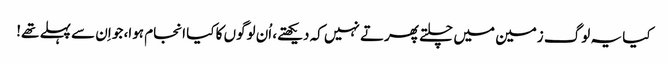
کیا یہ لوگ زمین میں چلتے پھرتے نہیں کہ دیکھتے، اُن لوگوں کا کیا انجام ہوا، جو اِن سے پہلے تھے!